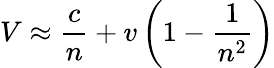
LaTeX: V\approx{\frac{c}{n}}+v\left(1-{\frac{1}{n^{2}}}\right)